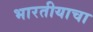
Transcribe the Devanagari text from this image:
भारतीयाचा